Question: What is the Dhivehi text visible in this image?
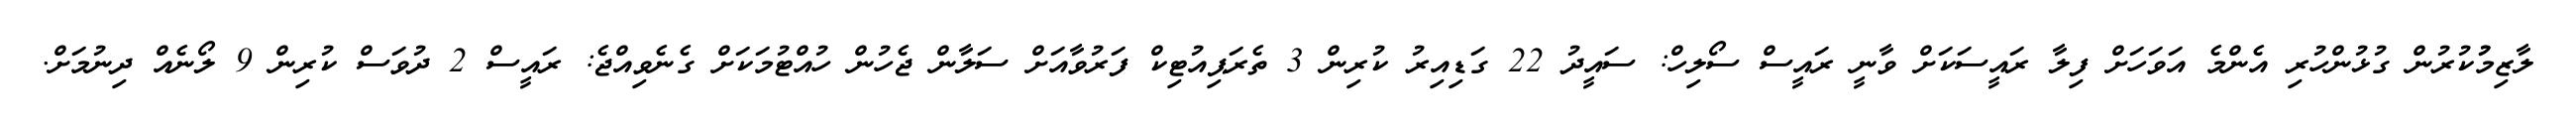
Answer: ލާޒިމުުކުރުން ގުޅުންހުރި އެންމެ އަވަހަށް ފިލާ ރައީސަކަށް ވާނީ ރައީސް ސޯލިހް: ސައީދު 22 ގަޑިއިރު ކުރިން 3 ތެރަޕިއުޓިކް ފަރުވާއަށް ސަލާން ޖެހުން ހުއްޓުމަކަށް ގެނެވިއްޖެ: ރައީސް 2 ދުވަސް ކުރިން 9 ލޯނެއް ދިނުމަށް.